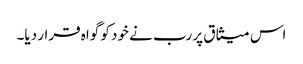
اس میثاق پر رب نے خود کو گواہ قرار دیا۔